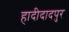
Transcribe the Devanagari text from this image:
हादीदादपुर